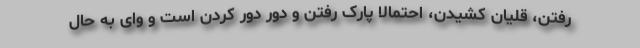
رفتن، قلیان کشیدن، احتمالا پارک رفتن و دور دور کردن است و وای به حال